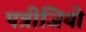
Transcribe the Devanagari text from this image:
पत्रीजियो